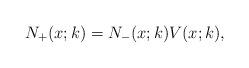
LaTeX: \begin{align*}N_+(x;k) =N_-(x;k) V(x;k),\end{align*}